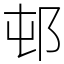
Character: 邨